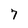
Character: 7